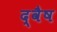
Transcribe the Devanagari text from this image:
द्वैष